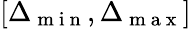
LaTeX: [\Delta_{\mathrm{~m~i~n~}},\Delta_{\mathrm{~m~a~x~}}]